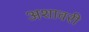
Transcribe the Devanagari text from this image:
अशावरी